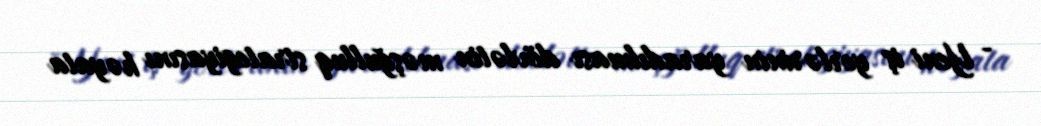
- Yeni iş yerlərinin yaradılması dövlətin məşğulluq strategiyasını həyata